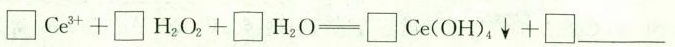
$$\Box C e ^ { 3 + } + \Box H _ { 2 } O _ { 2 } \xlongequal [ ] { } \Box C e ( O H ) _ { 4 } \downarrow + \Box$$___